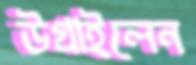
উগ্‌রাইলেন